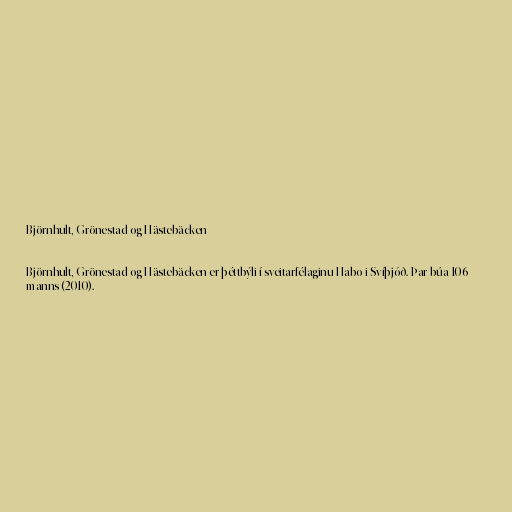
Björnhult, Grönestad og Hästebäcken

Björnhult, Grönestad og Hästebäcken er þéttbýli í sveitarfélaginu Habo i Svíþjóð. Þar búa 106
manns (2010).